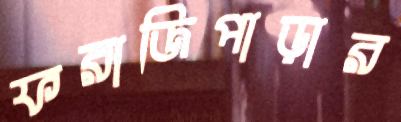
ফরাজিপাড়ার